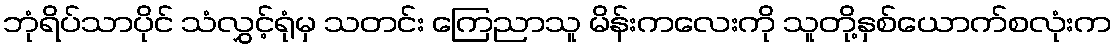
ဘုံရိပ်သာပိုင် သံလွှင့်ရုံမှ သတင်း ကြေညာသူ မိန်းကလေးကို သူတို့နှစ်ယောက်စလုံးက